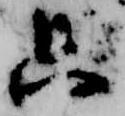
只